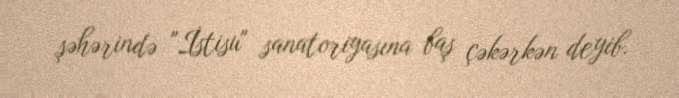
şəhərində "İstisu" sanatoriyasına baş çəkərkən deyib.